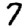
Digit: 7